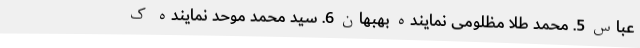
عباس 5. محمد طلا مظلومی نماینده بهبهان 6. سید محمد موحد نماینده ک